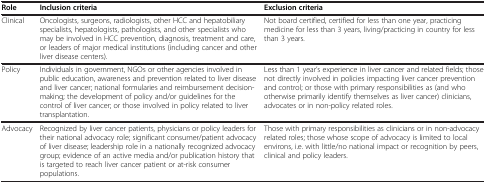
<table><thead><tr><td><b>Role</b></td><td><b>Inclusion criteria</b></td><td><b>Exclusion criteria</b></td></tr></thead><tbody><tr><td>Clinical</td><td>Oncologists, surgeons, radiologists, other HCC and hepatobiliary specialists, hepatologists, pathologists, and other specialists who may be involved in HCC prevention, diagnosis, treatment and care, or leaders of major medical institutions (including cancer and other liver disease centers).</td><td>Not board certified, certified for less than one year, practicing medicine for less than 3 years, living/practicing in country for less than 3 years.</td></tr><tr><td>Policy</td><td>Individuals in government, NGOs or other agencies involved in public education, awareness and prevention related to liver disease and liver cancer; national formularies and reimbursement decision-making; the development of policy and/or guidelines for the control of liver cancer; or those involved in policy related to liver transplantation.</td><td>Less than 1 year’s experience in liver cancer and related fields; those not directly involved in policies impacting liver cancer prevention and control; or those with primary responsibilities as (and who otherwise primarily identify themselves as liver cancer) clinicians, advocates or in non-policy related roles.</td></tr><tr><td>Advocacy</td><td>Recognized by liver cancer patients, physicians or policy leaders for their national advocacy role; significant consumer/patient advocacy of liver disease; leadership role in a nationally recognized advocacy group; evidence of an active media and/or publication history that is targeted to reach liver cancer patient or at-risk consumer populations.</td><td>Those with primary responsibilities as clinicians or in non-advocacy related roles; those whose scope of advocacy is limited to local environs, i.e. with little/no national impact or recognition by peers, clinical and policy leaders.</td></tr></tbody></table>